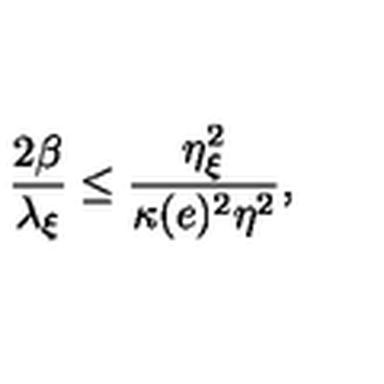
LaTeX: \frac { 2 \beta } { \lambda _ { \xi } } \leq \frac { \eta _ { \xi } ^ { 2 } } { \kappa ( e ) ^ { 2 } \eta ^ { 2 } } ,